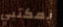
بمكتبي